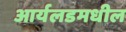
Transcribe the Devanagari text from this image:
आर्यलडमधील